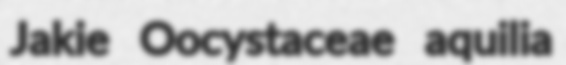
Jakie Oocystaceae aquilia